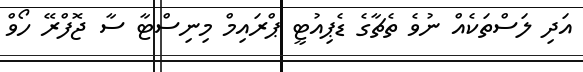
އަދި ލަސްތަކެއް ނުވެ ތެޗާގެ ޑެޕިއުޓީ ޕްރައިމް މިނިސްޓާ ސާ ޖޮފްރޭ ހޯވް